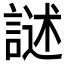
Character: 𮘣